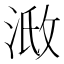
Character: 𣶌